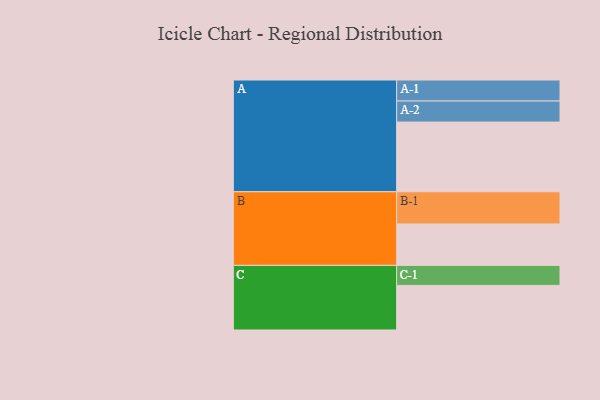
{"axis": {"x": "Segment", "y": "Value"}, "legend": ["", "A", "B", "C"], "data": [{"x": "A", "y": 544, "type": ""}, {"x": "B", "y": 323, "type": ""}, {"x": "C", "y": 348, "type": ""}, {"x": "A-1", "y": 164, "type": "A"}, {"x": "A-2", "y": 164, "type": "A"}, {"x": "B-1", "y": 251, "type": "B"}, {"x": "C-1", "y": 156, "type": "C"}]}